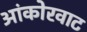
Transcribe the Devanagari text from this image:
आंकोरवाट